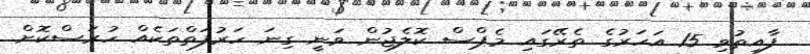
ފާއިތުވި 15 އަހަރުގެ ތެރޭގައި މެޕްސް ކޮލެޖުން ވަނީ ގިނަ ހަރުފަތްތަކެއް ހުރަސްކޮށް